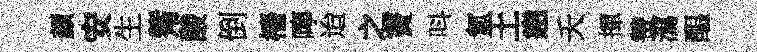
颜安生觜酸倒檣嚀迨之竇呌氳土恚夭揮赞㵼醖